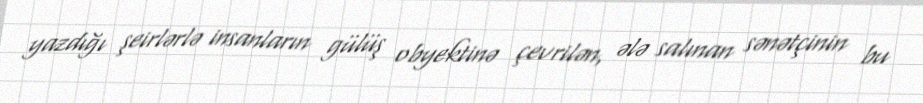
yazdığı şeirlərlə insanların gülüş obyektinə çevrilən, ələ salınan sənətçinin bu